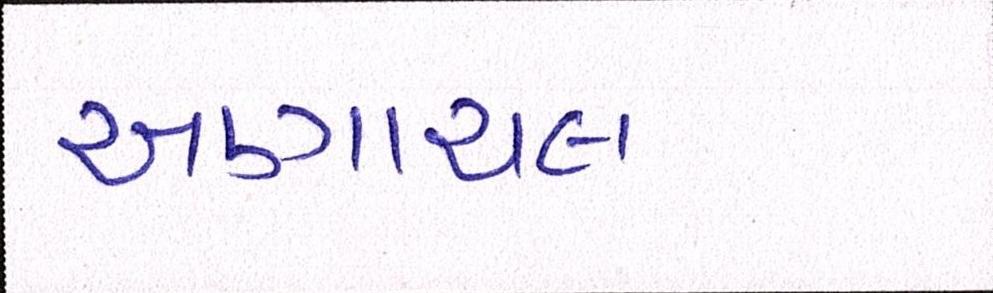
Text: અણાચલ